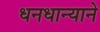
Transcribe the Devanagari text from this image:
धनधान्याने